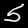
Digit: 5